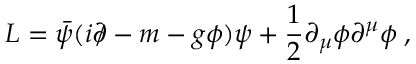
{ \cal L } = \bar { \psi } ( i \partial \! \! \! \slash - m - g \phi ) \psi + \frac { 1 } { 2 } \partial _ { \mu } \phi \partial ^ { \mu } \phi \; ,